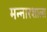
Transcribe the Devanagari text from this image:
मन्नारशाला